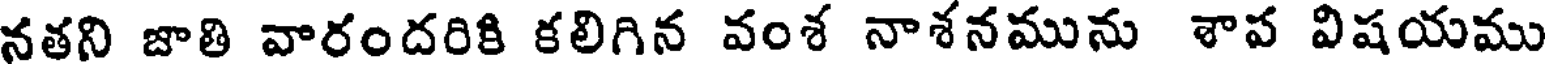
నతని జాతి వారందరికి కలిగిన వంశ నాశనమును శాప విషయము